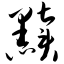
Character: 黩